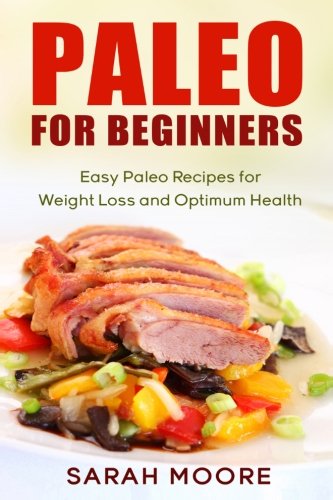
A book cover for Paleo For Beginners: Easy Paleo Recipes for Weight Loss and Optimum Health (Paleo Diet) (Volume 1); Sarah Moore; Cookbooks, Food & Wine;